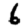
Digit: 6